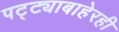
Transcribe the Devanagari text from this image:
पट्ट्याबाहेरही